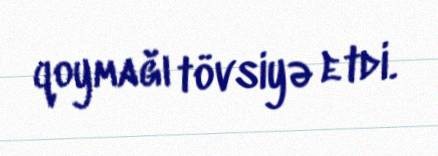
qoymağı tövsiyə etdi.